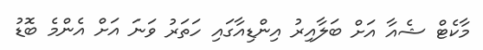
މާކެޓް ޝެއާ އަށް ބަލާއިރު އިންޑިއާގައި ހަތަރު ވަނަ އަށް އެންމެ ބޮޑު